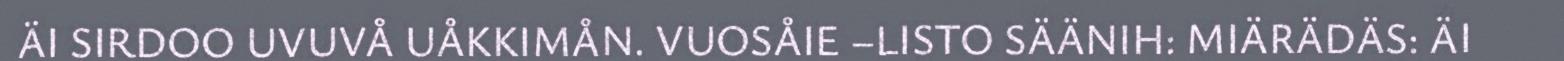
ÄI SIRDOO UVUVÅ UÅKKIMÅN. VUOSÅIE –LISTO SÄÄNIH: MIÄRÄDÄS: ÄI